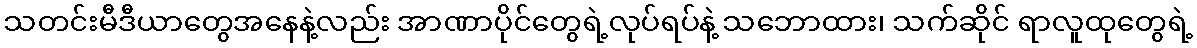
သတင်းမီဒီယာတွေအနေနဲ့လည်း အာဏာပိုင်တွေရဲ့လုပ်ရပ်နဲ့ သဘောထား၊ သက်ဆိုင် ရာလူထုတွေရဲ့